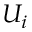
U _ { i }